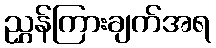
ညွှန်ကြားချက်အရ